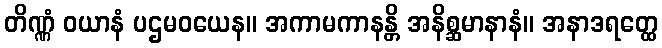
တိဏ္ဏံ ဝယာနံ ပဌမဝယေန။ အကာမကာနန္တိ အနိစ္ဆမာနာနံ။ အနာဒရတ္ထေ